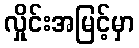
လှိုင်းအမြင့်မှာ